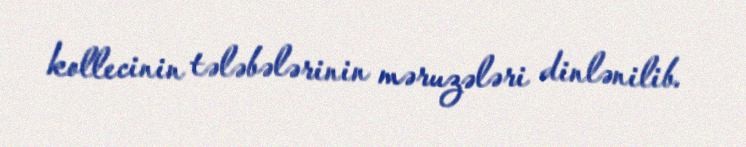
kollecinin tələbələrinin məruzələri dinlənilib.